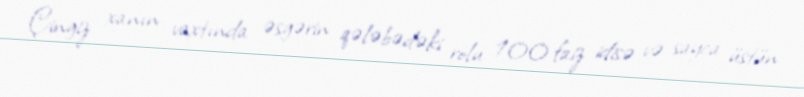
Çingiz xanın vaxtında əsgərin qələbədəki rolu 100 faiz idisə və sayca üstün